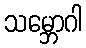
သမ္ဘောဂါ